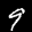
Digit: 9